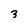
Character: 3